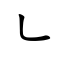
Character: ㇄